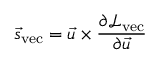
\vec { s } _ { \mathrm { v e c } } = \vec { u } \times \frac { \partial \mathcal { L } _ { \mathrm { v e c } } } { \partial \vec { u } }